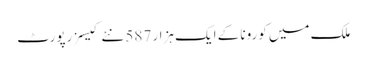
ملک میں کورونا کے ایک ہزار 587 نئے کیسز رپورٹ